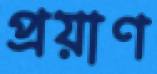
প্রয়াণ